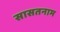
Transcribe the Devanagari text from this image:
सासतनाम